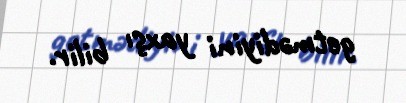
getmədiyini yaxşı bilir.